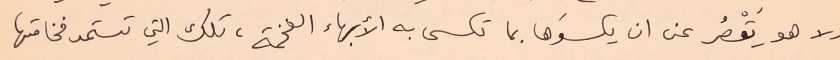
ولا هو يَقْصُر عن ان يكسوَها بما تكسى به الأبهاء الفخمة، تلك التي تستمد فخامتها